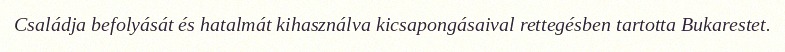
Családja befolyását és hatalmát kihasználva kicsapongásaival rettegésben tartotta Bukarestet.